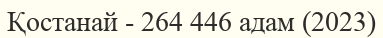
Қостанай - 264 446 адам (2023)